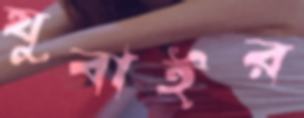
যুবাইর